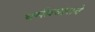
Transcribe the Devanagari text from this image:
धर्मप्रचाराचे